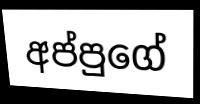
අප්පුගේ